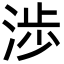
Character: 渉